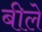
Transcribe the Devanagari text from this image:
बीले